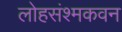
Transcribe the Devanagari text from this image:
लोहसंश्मकवन